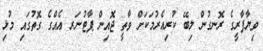
ވިޔާފާރީގެ ރޮނގުން ލިބޭ ކުރިއެރުމަކަށް ވާތީ ޖޮއިން ޕާޓުނަރ އެއްގެ ގޮތުގައި މުޅި